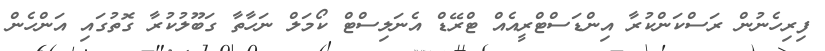
ފިރިހެނުން ރަސްކަންކުރާ އިންޑަސްޓްރީއެއް ޓްރޭޑް އެނަލިސްޓް ކޯމަލް ނަހާތާ ގަބޫލުކުރާ ގޮތުގައި އަންހެން